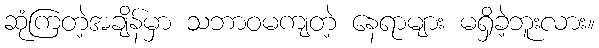
ဆုံကြတဲ့အချိန်မှာ သဘာဝမကျတဲ့ နေရာများ မရှိခဲ့ဘူးလား။